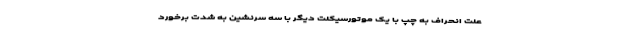
علت انحراف به چپ با یک موتورسیکلت دیگر با سه سرنشین به شدت برخورد